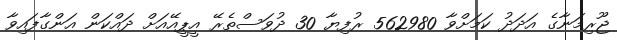
ޖޫރިމަނާގެ އަދަދު ކަމަށްވާ 562980 ރުފިޔާ 30 ދުވަސްތެރޭ އީޕީއޭއަށް ދައްކަން އަންގާފައިވާ